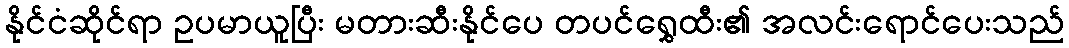
နိုင်ငံဆိုင်ရာ ဥပမာယူပြီး မတားဆီးနိုင်ပေ တပင်ရွှေထီး၏ အလင်းရောင်ပေးသည်